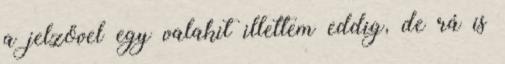
a jelzővel egy valakit illettem eddig, de rá is